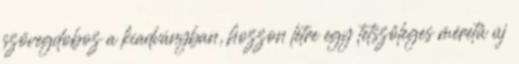
szövegdoboz a kiadványban, hozzon létre egy tetszőleges méretű új